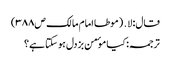
قال: لا․ (موطا امام مالک ص۳۸۸)
ترجمہ:کیا موٴمن بزدل ہوسکتا ہے؟